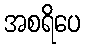
အစရိပေ